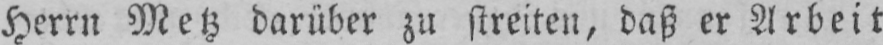
Herrn Metz darüber zu streiten, daß er Arbeit